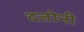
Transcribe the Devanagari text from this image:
दत्तोनी